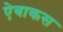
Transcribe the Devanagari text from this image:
ऐबाकस